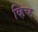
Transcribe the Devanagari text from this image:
व्हिच्ह